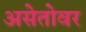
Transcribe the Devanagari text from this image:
असेतोवर